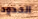
الحدود